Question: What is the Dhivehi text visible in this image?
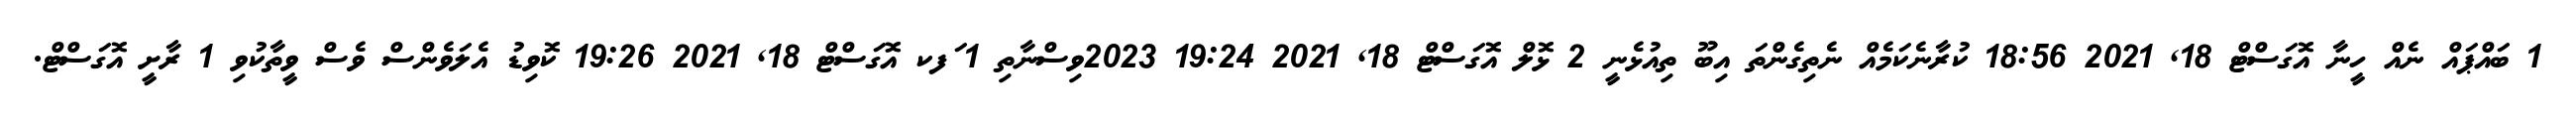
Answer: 1 ބައްޕައް ނެއް ހީނާ އޮގަސްޓް 18, 2021 18:56 ކުރާނެކަމެއް ނެތިގެންތަ އިބޫ ތިއުޅެނީ 2 ޅޮލް އޮގަސްޓް 18, 2021 19:24 2023ވިސްނާތި 1 ަފކ އޮގަސްޓް 18, 2021 19:26 ކޮވިޑު އެލަވެންސް ވެސް ވީތާކުވި 1 ރާށީ އޮގަސްޓް.